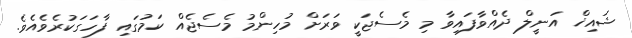
ޝައިޚް އަނީލް ދެއްވާފައިވާ މި މެސެޖަކީ ވަރަށް މުހިންމު މެސެޖެއް ކަމުގައި ފާހަގަކުރެވެއެވެ.